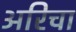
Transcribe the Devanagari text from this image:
अरिचा